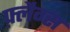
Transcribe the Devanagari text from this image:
फ़्लैग्स